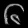
Digit: ၆